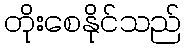
တိုးစေနိုင်သည်